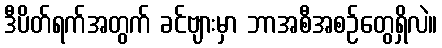
ဒီပိတ်ရက်အတွက် ခင်ဗျားမှာ ဘာအစီအစဉ်တွေရှိလဲ။